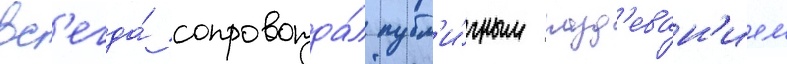
вс'егда́ сопровожда́л публ'и́чным разд'еван'ием